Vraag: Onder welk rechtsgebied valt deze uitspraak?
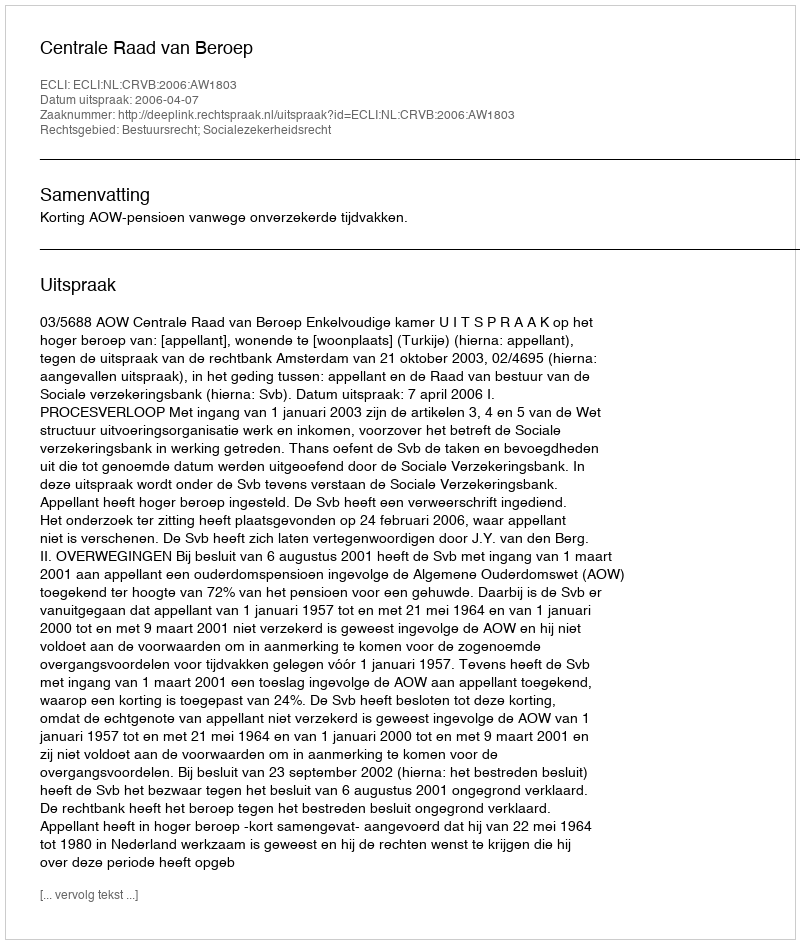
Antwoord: Bestuursrecht; Socialezekerheidsrecht